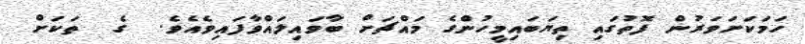
ހަމަކަށަވަރުން ފޮތުގައި ތިޔަބައިމީހުންގެ މައްޗަށް ބާވައިލައްވާފައިވެއެވެ.  ގެ  ތަކަށް